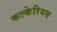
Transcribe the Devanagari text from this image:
कल्केरियस